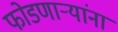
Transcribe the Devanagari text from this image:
फोडणाऱ्यांना